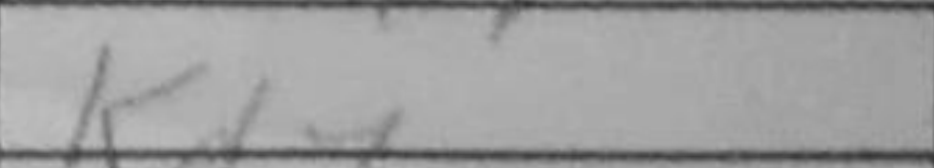
Transcription: Kd7